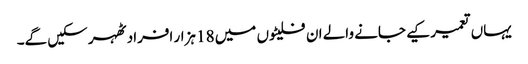
یہاں تعمیر کیے جانے والے ان فلیٹوں میں 18 ہزار افراد ٹھہر سکیں گے۔